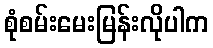
စုံစမ်းမေးမြန်းလိုပါက